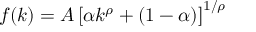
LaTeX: f ( k ) = A \left[ \alpha k ^ { \rho } + ( 1 - \alpha ) \right] ^ { 1 / \rho }